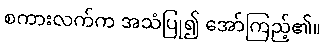
စကားလက်က အသံပြု၍ အော်ကြည့်၏။